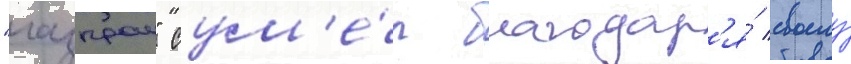
"газпром" сум'е́л благодар'я́ своему́